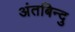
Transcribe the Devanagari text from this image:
अंतबिन्दु